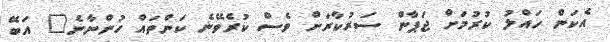
އެކަން ހައްލު ކުރުމަށް ޖަޕާން ސަރުކާރަށް ވެސް ކުރެވޭނެ ކަންތައް ހުންނާނެ" އަބޭ